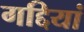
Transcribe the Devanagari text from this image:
गद्दियां